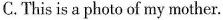
C. This is a photo of my mother.